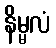
နိမ္မလံ